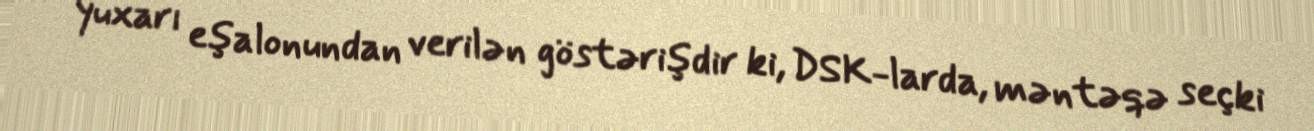
yuxarı eşalonundan verilən göstərişdir ki, DSK-larda, məntəqə seçki